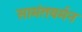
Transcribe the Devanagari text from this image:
सामंतवर्मन